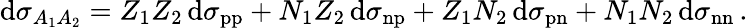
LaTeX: \mathrm{d}\sigma_{A_{1}A_{2}}={Z_{1}}{Z_{2}}\, \mathrm{d}\sigma_{\mathrm{pp}}+{N_{1}}{Z_{2}}\, \mathrm{d}\sigma_{\mathrm{np}}+{Z_{1}}{N_{2}}\, \mathrm{d}\sigma_{\mathrm{pn}}+{N_{1}}{N_{2}}\, \mathrm{d}\sigma_{\mathrm{nn}}\, .